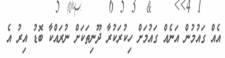
އެއް ގައުމުން އަނެއް ގައުމަށް ހިކުރަކުރާ ދޫނިތަކަށް ނުރައްކާ ބޮޑު އިރު އެ